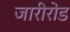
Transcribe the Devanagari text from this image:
जारीरोड